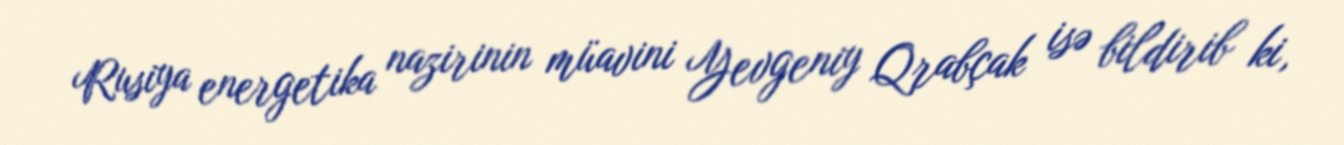
Rusiya energetika nazirinin müavini Yevgeniy Qrabçak isə bildirib ki,